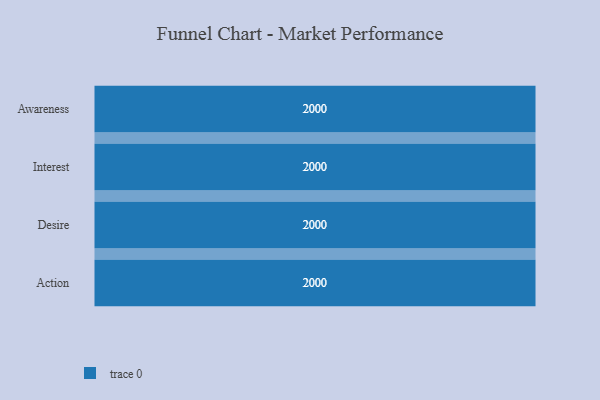
{"axis": {"x": "Stage", "y": "Value"}, "legend": [""], "data": [{"x": "Awareness", "y": 2000, "type": ""}, {"x": "Interest", "y": 2000, "type": ""}, {"x": "Desire", "y": 2000, "type": ""}, {"x": "Action", "y": 2000, "type": ""}]}